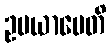
ဥပယာပေတိ